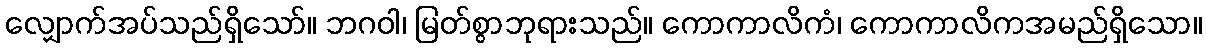
လျှောက်အပ်သည်ရှိသော်။ ဘဂဝါ၊ မြတ်စွာဘုရားသည်။ ကောကာလိကံ၊ ကောကာလိကအမည်ရှိသော။